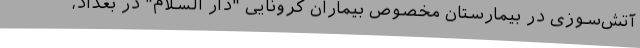
آتش‌سوزی در بیمارستان مخصوص بیماران کرونایی "دار السلام" در بغداد،